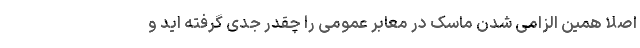
اصلاً همین الزامی شدن ماسک در معابر عمومی را چقدر جدی گرفته اید و